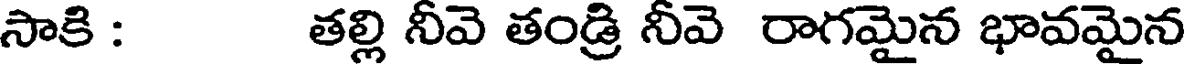
సాకి : తల్లి నీవె తండ్రి నీవె రాగమైన భావమైన